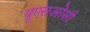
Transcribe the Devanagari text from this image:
यूएसओसी